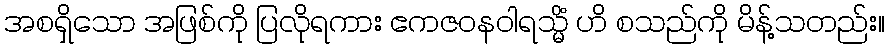
အစရှိသော အဖြစ်ကို ပြလိုရကား ဧကဇဝနဝါရသ္မိံ ဟိ စသည်ကို မိန့်သတည်း။